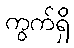
ကွက်ရှိ